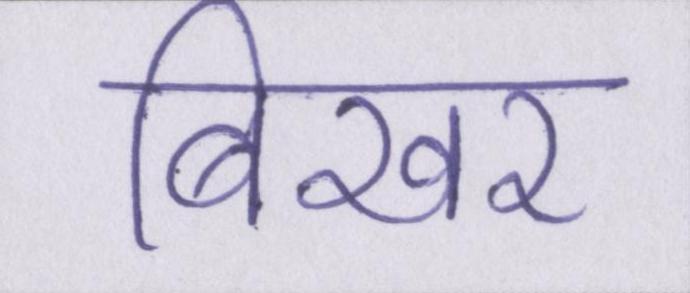
बिखर